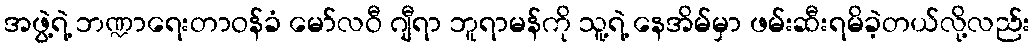
အဖွဲ့ရဲ့ ဘဏ္ဍာရေးတာဝန်ခံ မော်လဝီ ဂျီရာ ဘူရာမန်ကို သူ့ရဲ့ နေအိမ်မှာ ဖမ်းဆီးရမိခဲ့တယ်လို့လည်း